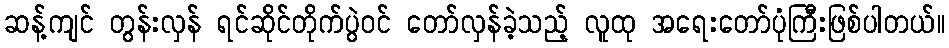
ဆန့်ကျင် တွန်းလှန် ရင်ဆိုင်တိုက်ပွဲဝင် တော်လှန်ခဲ့သည့် လူထု အရေးတော်ပုံကြီးဖြစ်ပါတယ်။